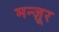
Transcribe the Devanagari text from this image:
मन्ज़ूर